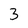
Character: 3